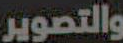
والتصوير